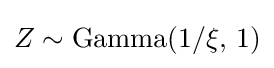
Z\sim \mathrm {Gamma} (1/\xi ,\,1)